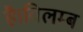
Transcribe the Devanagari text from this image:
है।विलम्ब